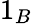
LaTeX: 1_{B}